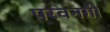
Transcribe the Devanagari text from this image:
परवनगी